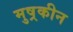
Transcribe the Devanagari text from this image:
मुष्रकीन